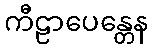
ကီဠာပေန္တေန